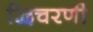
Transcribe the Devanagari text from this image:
द्विचरणी